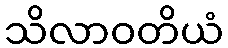
သိလာဝတိယံ